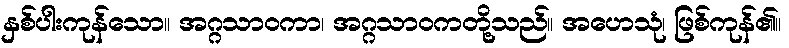
နှစ်ပါးကုန်သော။ အဂ္ဂသာဝကာ၊ အဂ္ဂသာဝကတို့သည်။ အဟေသုံ၊ ဖြစ်ကုန်၏။